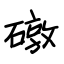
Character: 礅